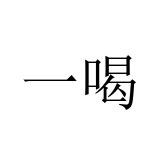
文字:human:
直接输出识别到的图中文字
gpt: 一喝